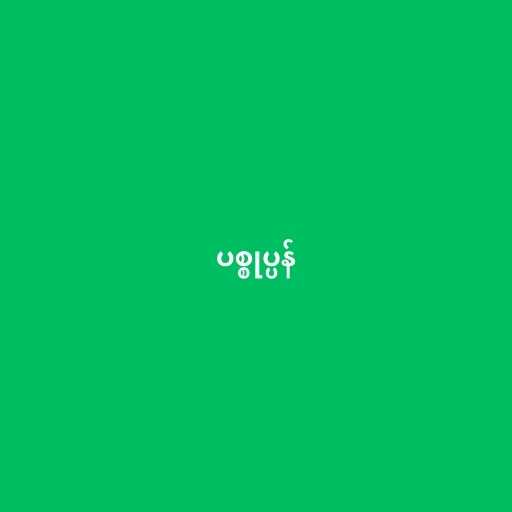
ပစ္စုပ္ပန်